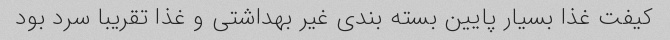
کیفت غذا بسیار پایین بسته بندی غیر بهداشتی و غذا تقریبا سرد بود